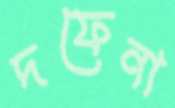
দফেনা